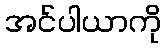
အင်ပါယာကို